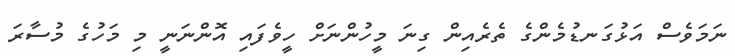
ނަމަވެސް އަޅުގަނޑުމެންގެ ތެރެއިން ގިނަ މީހުންނަށް ހީވެފައި އޮންނަނީ މި މަހުގެ މުސާރަ